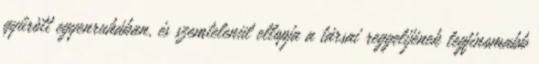
gyűrött egyenruhában, és szemtelenül ellopja a társai reggelijének legfinomabb